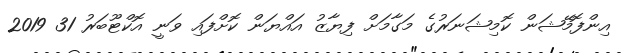
އިންފޮމޭޝަން ކޮމިޝަނަރުގެ މަގާމަށް ފިޔާޒު އައްޔަން ކޮށްފައި ވަނީ އޮކްޓޫބަރު 31 2019